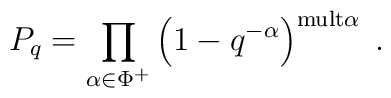
P_q=\prod_{\alpha\in\Phi^+}\left (1-q^{-\alpha}\right )^{{\rm mult}\alpha}\;.